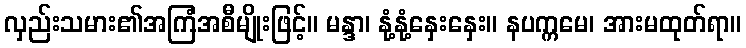
လှည်းသမား၏အကြံအစီမျိုးဖြင့်။ မန္ဒာ၊ နုံ့နုံ့နှေးနှေး။ နပက္ကမေ၊ အားမထုတ်ရာ။